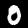
Digit: 0